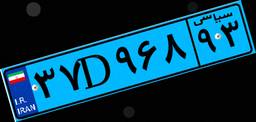
۳۷D۹۶۸۹۳